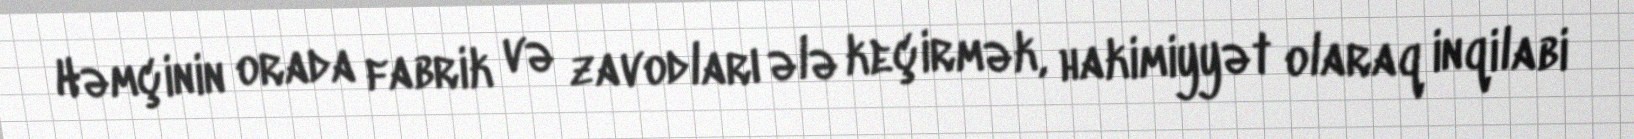
Həmçinin orada fabrik və zavodları ələ keçirmək, hakimiyyət olaraq inqilabi